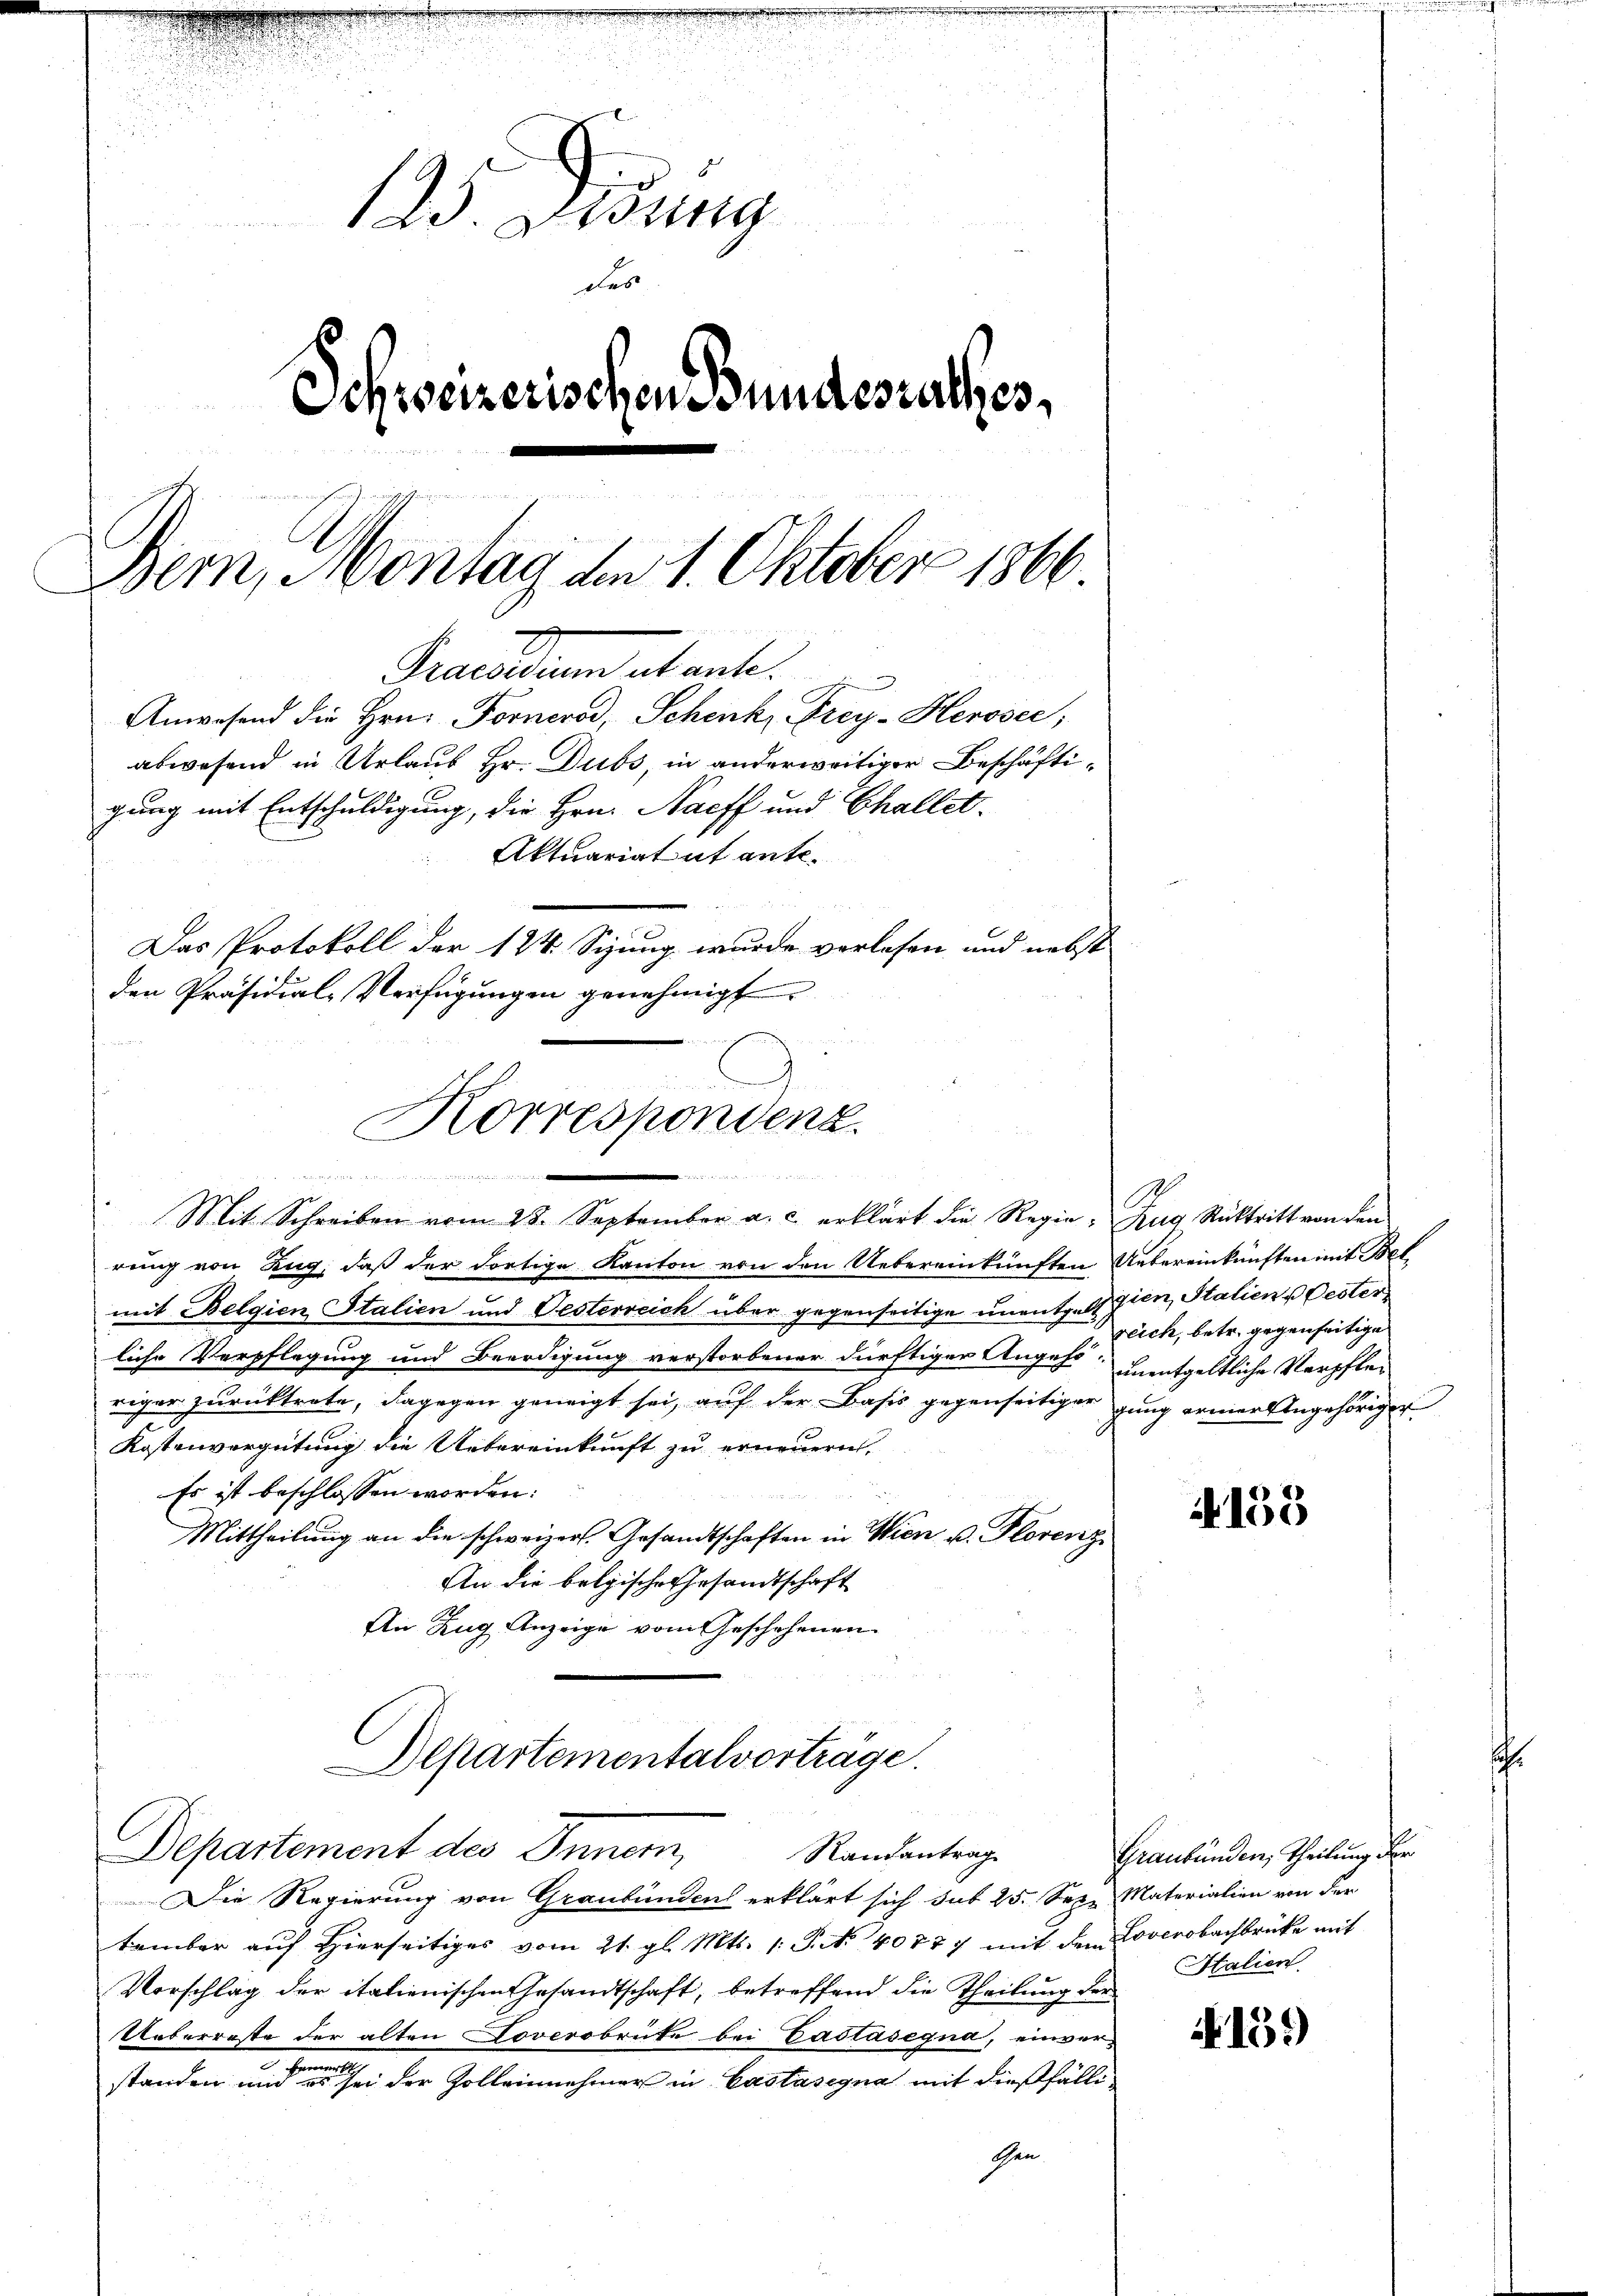
125. Disung
das
Schweizerischen Bundesrathes,
Bern, Montag den 1. Oktober 1866.
Praesiden stante.
Anwesend die Hrn. Forneros, Schenk, Frey-Heroser,
abwesend in Urlaub Hr. Dubs, in anderweitiger Beschäftigung mit Entschuldigung, die Hrn. Nacff und Challet.
Aktuariat et ante.
Das Protokoll der 124. Sizung wurde verlesen und nebst
den Präsidial-Verfügungen genehmigt.

e
Korrespondenz.
 e w
Mit Schreiben vom 28. September a. c. erklärt die Regie- Zug, Rücktritt von den

rung von Zug, daß der dortige Kanton von den Uebereinkünften Uebereinkünften mit Belmit Belgien Stalien und Oesterreich über gegenseitige unentgeb zien, Stalien & Oester
liche Verpflegung und Beerdigung verstorbener dürftiger Angehe, unentgeltliche Verpfleriger zurücktrete, dagegen geneigt sei, auf der Basis gegenseitiger gung erner Angehöriger
Kostenvergütung die Uebereinkunft zu erneuern.
Es ist beschlossen worden:
Mittheilung an die schweizer. Gesandtschaften in Wien u. Florenz
An die belgische Gesandtschaft
An Zug Anzeige vom Geschehenen
Departementalvorträge.

Departement des Inner,
Randantrag

Die Regierung von Graubünden erklärt sich sub 25. Sep. Materialien von der
tember auf Hierseitiges vom 21. gl. Mts. 1. P. N. 40777 mit dem Loocrobachbrücke mit
Vorschlag der italienischen Gesandtschaft, betreffend die Theilung der
Ueberreste der alten Jovcrobrüte bei Castasegna, einver¬
 Eerechte
standen und es sei der Zolleinnehmer in Castasigna mit dießfällischen.

reich, betr. gegenseitige

153

Graubünden, Theilung der
Italien.

139